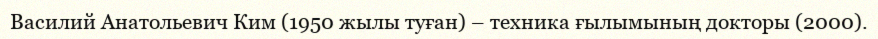
Василий Анатольевич Ким (1950 жылы туған) – техника ғылымының докторы (2000).